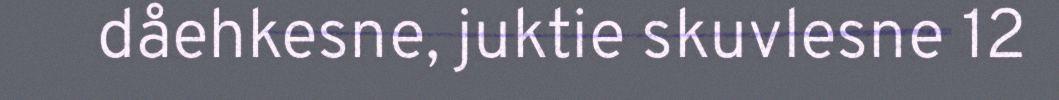
dåehkesne, juktie skuvlesne 12